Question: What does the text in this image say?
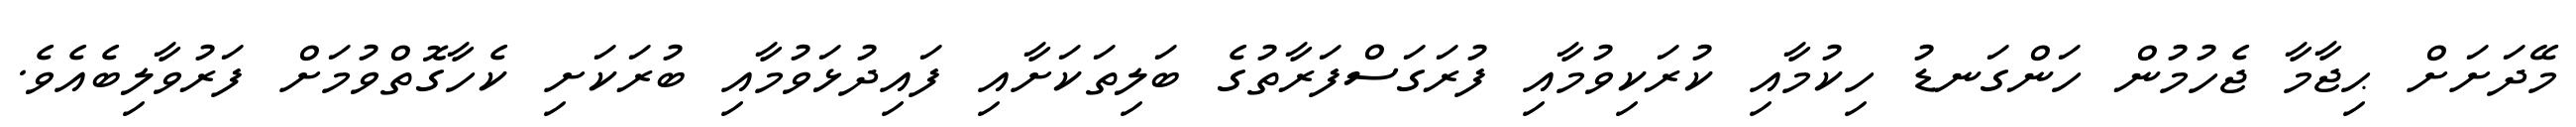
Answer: މޭދަށަށް ޙިޖާމާ ޖެހުމުން ހަންގަނޑު ހިކުމާއި ކުރަކިވުމާއި ފުރަގަސްފަރާތުގެ ބަލިތަކަށާއި ފައިދުޅަވުމާއި ބުރަކަށި ކެހާގޮތްވުމަށް ފަރުވާލިބެއެވެ.